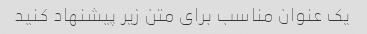
یک عنوان مناسب برای متن زیر پیشنهاد کنید